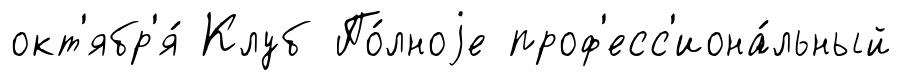
окт'ябр'я́ Клуб По́лноjе проф'есс'иона́льный